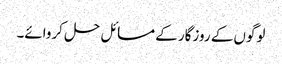
لوگوں کے روزگار کے مسائل حل کروائے۔